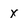
Character: x